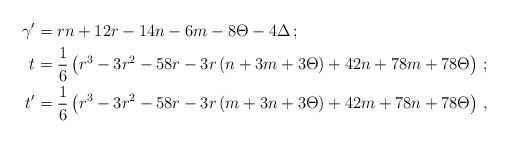
LaTeX: \begin{align*}\gamma^\prime &= rn + 12r - 14n - 6m - 8\Theta - 4\Delta \, ; \\t &= \frac{1}{6}\left(r^3 - 3r^2 - 58r - 3r \left(n + 3m + 3\Theta \right) +42n + 78m + 78\Theta \right) \, ; \\t^\prime &= \frac{1}{6} \left(r^3 - 3r^2 - 58r - 3r \left(m + 3n + 3\Theta \right)+42m + 78n + 78\Theta\right) \, , \end{align*}